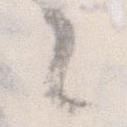
々